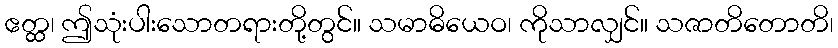
ဧတ္ထ၊ ဤသုံးပါးသောတရားတို့တွင်။ သမာဓိယေဝ၊ ကိုသာလျှင်။ သဇာတိတောတိ၊